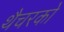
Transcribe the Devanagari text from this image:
थैचरको